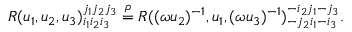
R ( u _ { 1 } , u _ { 2 } , u _ { 3 } ) _ { i _ { 1 } i _ { 2 } i _ { 3 } } ^ { j _ { 1 } j _ { 2 } j _ { 3 } } \stackrel { \rho } { = } R ( ( \omega u _ { 2 } ) ^ { - 1 } , u _ { 1 } , ( \omega u _ { 3 } ) ^ { - 1 } ) _ { - j _ { 2 } i _ { 1 } - i _ { 3 } } ^ { - i _ { 2 } j _ { 1 } - j _ { 3 } } .